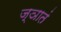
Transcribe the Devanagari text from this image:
ज्ञातं